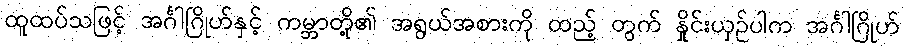
ထူထပ်သဖြင့် အင်္ဂါဂြိုဟ်နှင့် ကမ္ဘာတို့၏ အရွယ်အစားကို ထည့် တွက် နှိုင်းယှဉ်ပါက အင်္ဂါဂြိုဟ်